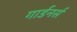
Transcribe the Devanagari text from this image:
गार्डनर्स